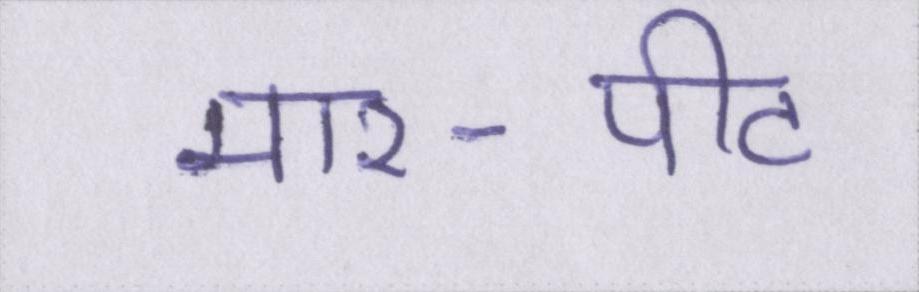
मार-पीट